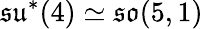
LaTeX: {\mathfrak{su}}^{*}(4)\simeq{\mathfrak{so}}(5,1)